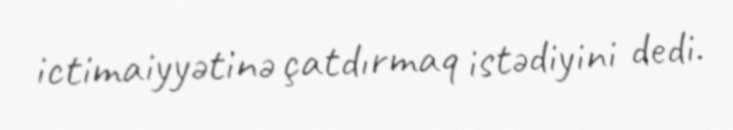
ictimaiyyətinə çatdırmaq istədiyini dedi.